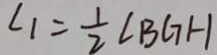
\angle 1 = \frac { 1 } { 2 } \angle B G H